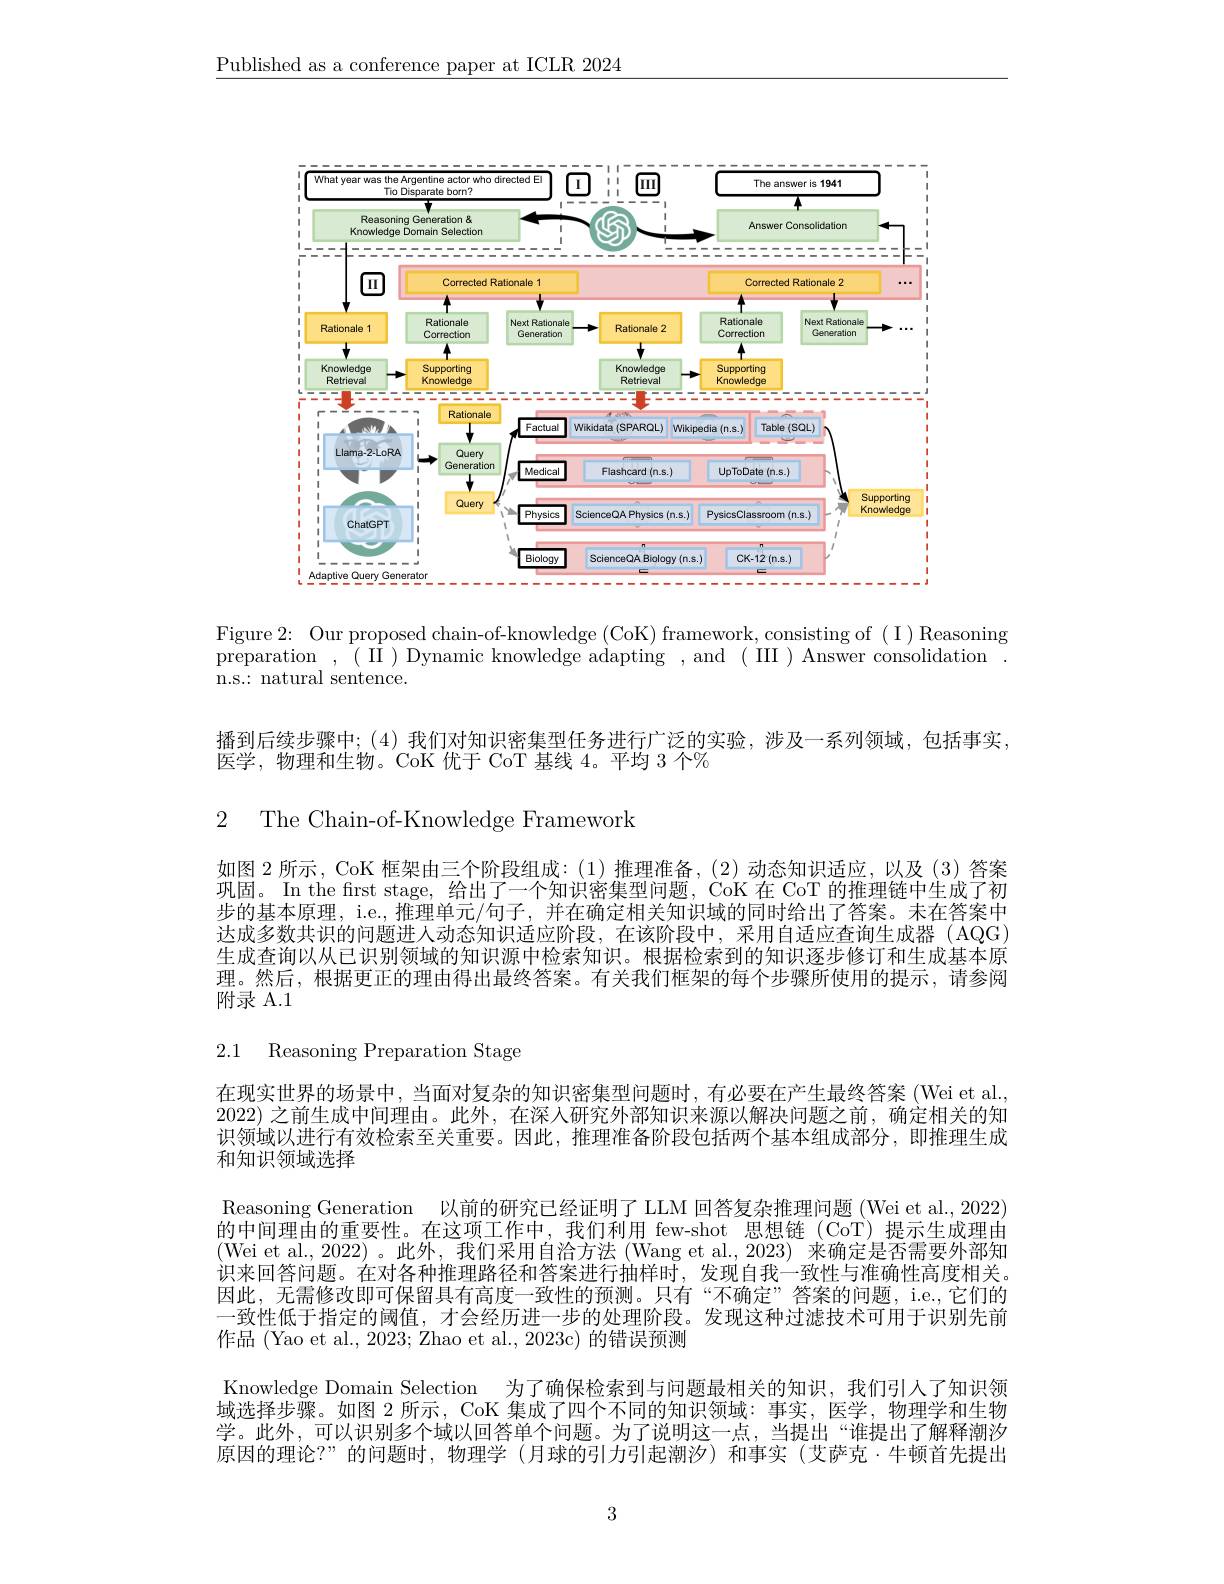
$\underline{\text{Published as a conference paper at ICLR 2024}}$

<FigureHere>

Figure 2: Our proposed chain-of-knowledge (CoK) framework, consisting of (I) Reasoning preparation ,(II)Dynamic knowledge adapting ,and(III)Answer consolidation n.s.: natural sentence.

播到后续步骤中；(4)我们对知识密集型任务进行广泛的实验，涉及一系列领域，包括事实，
医学，物理和生物。CoK 优于 CoT 基线 4。平均 3 个%

2 The Chain-of-Knowledge Framework

如图 2 所示，CoK 框架由三个阶段组成：(1)推理准备，(2)动态知识适应，以及(3)答案巩固。In the first stage, 给出了一个知识密集型问题，CoK 在 CoT 的推理链中生成了初步的基本原理，i.e.,推理单元/句子，并在确定相关知识域的同时给出了答案。未在答案中达成多数共识的问题进入动态知识适应阶段，在该阶段中，采用自适应查询生成器(AQG) 生成查询以从已识别领域的知识源中检索知识。根据检索到的知识逐步修订和生成基本原理。然后，根据更正的理由得出最终答案。有关我们框架的每个步骤所使用的提示，请参阅附录 A.1

# 2.1 Reasoning Preparation Stage

在现实世界的场景中，当面对复杂的知识密集型问题时，有必要在产生最终答案 (Wei et al., 2022) 之前生成中间理由。此外，在深人研究外部知识来源以解决问题之前，确定相关的知识领域以进行有效检索至关重要。因此，推理准备阶段包括两个基本组成部分，即推理生成和知识领域选择
Reasoning Generation 以前的研究已经证明了 LLM 回答复杂推理问题 (Wei et al., 2022) 的中间理由的重要性。在这项工作中，我们利用 few-shot 思想链(CoT)提示生成理由(Wei et al., 2022)。此外，我们采用自洽方法 (Wang et al., 2023) 来确定是否需要外部知识来回答问题。在对各种推理路径和答案进行抽样时，发现自我一致性与准确性高度相关。因此，无需修改即可保留具有高度一致性的预测。只有“不确定”答案的问题，i.e.,它们的一致性低于指定的阈值，才会经历进一步的处理阶段。发现这种过滤技术可用于识别先前作品 (Yao et al., 2023; Zhao et al., 2023c) 的错误预测
Knowledge Domain Selection 为了确保检索到与问题最相关的知识，我们引人了知识领域选择步骤。如图 2 所示，CoK 集成了四个不同的知识领域：事实，医学，物理学和生物学。此外，可以识别多个域以回答单个问题。为了说明这一点，当提出“谁提出了解释潮汐原因的理论？”的问题时，物理学(月球的引力引起潮汐)和事实(艾萨克·牛顿首先提出

3